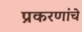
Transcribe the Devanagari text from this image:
प्रकरणांचे